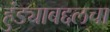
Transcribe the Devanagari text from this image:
हुंड्याबद्दलचा